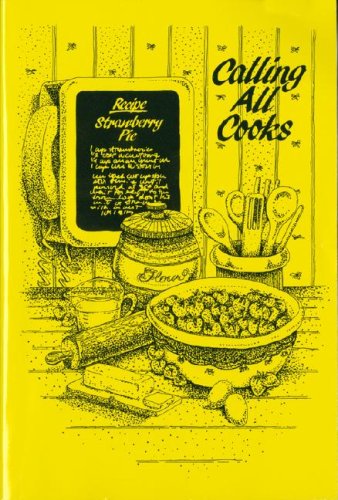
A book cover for Calling All Cooks; Telephone Pioneers of America Alabama Ch; Cookbooks, Food & Wine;